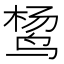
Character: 𱉴